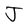
Character: J